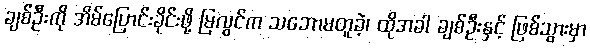
ချစ်ဦးကို အိမ်ပြောင်းခိုင်းဖို့ မြလွင်က သဘောမတူခဲ့၊ ထိုအခါ ချစ်ဦးနှင့် ဖြစ်သွားမှာ